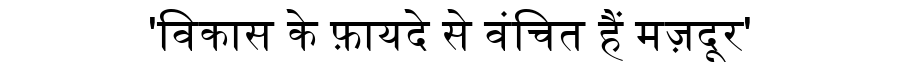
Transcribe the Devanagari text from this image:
'विकास के फ़ायदे से वंचित हैं मज़दूर'